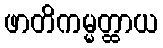
ဖာတိကမ္မတ္ထာယ